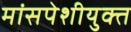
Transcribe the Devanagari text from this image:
मांसपेशीयुक्त